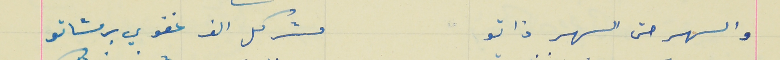
والسهر حتى السهر ذاتو                                مشركل الف غفوي برمشاتو